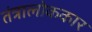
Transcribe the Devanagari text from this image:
तंत्रालोककार